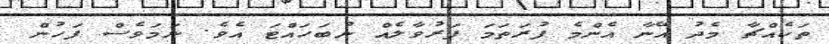
ތަކެއްޗާ މެދު އޭނާ އެންމެ ފުރަތަމަ ފަރުވާލެއް ނުބަހައްޓަ އެވެ. ނަމަވެސް ފަހުން